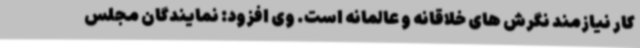
کار نیازمند نگرش های خلاقانه و عالمانه است. وی افزود: نمایندگان مجلس